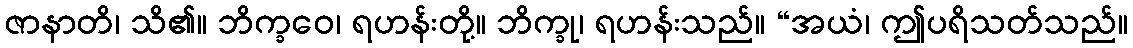
ဇာနာတိ၊ သိ၏။ ဘိက္ခဝေ၊ ရဟန်းတို့။ ဘိက္ခု၊ ရဟန်းသည်။ “အယံ၊ ဤပရိသတ်သည်။